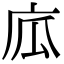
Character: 𢈅